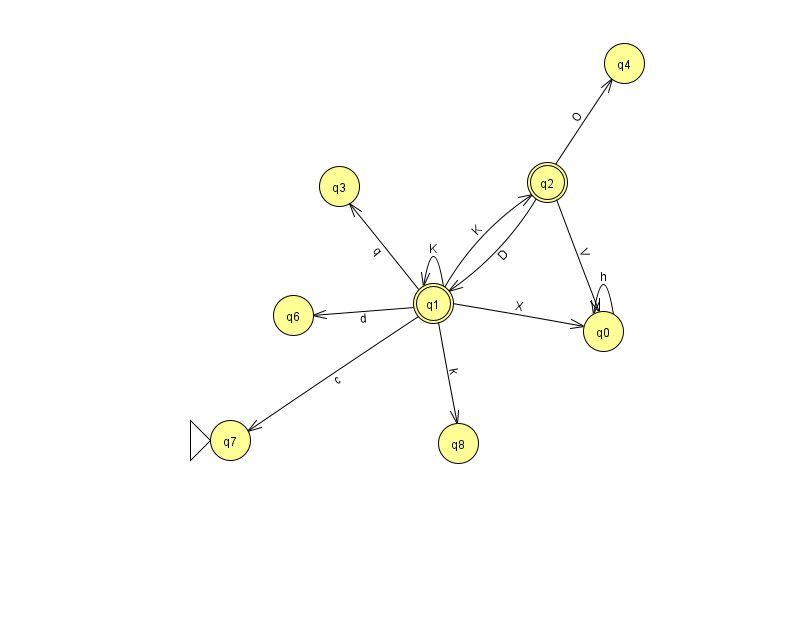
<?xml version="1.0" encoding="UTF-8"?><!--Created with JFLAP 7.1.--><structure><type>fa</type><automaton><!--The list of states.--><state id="0" name="q0"><x>603.0</x><y>318.0</y></state><state id="1" name="q1"><x>433.0</x><y>290.0</y><final/></state><state id="2" name="q2"><x>547.0</x><y>169.0</y><final/></state><state id="3" name="q3"><x>339.0</x><y>173.0</y></state><state id="4" name="q4"><x>624.0</x><y>50.0</y></state><state id="6" name="q6"><x>293.0</x><y>302.0</y></state><state id="7" name="q7"><x>230.0</x><y>427.0</y><initial/></state><state id="8" name="q8"><x>458.0</x><y>430.0</y></state><!--The list of transitions.--><transition><from>2</from><to>4</to><read>O</read></transition><transition><from>2</from><to>0</to><read>V</read></transition><transition><from>1</from><to>2</to><read>K</read></transition><transition><from>1</from><to>0</to><read>X</read></transition><transition><from>1</from><to>7</to><read>c</read></transition><transition><from>0</from><to>0</to><read>h</read></transition><transition><from>1</from><to>3</to><read>q</read></transition><transition><from>1</from><to>6</to><read>d</read></transition><transition><from>1</from><to>1</to><read>K</read></transition><transition><from>1</from><to>8</to><read>k</read></transition><transition><from>2</from><to>1</to><read>D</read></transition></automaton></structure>